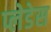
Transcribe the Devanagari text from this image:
प्लेडेस